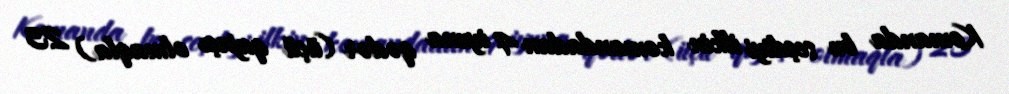
Komanda bu seçdiyi ilkin komandadan 4 iyuna qədər (üçü qapıçı olmaqla) 23